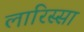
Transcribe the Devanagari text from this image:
लारिस्सा